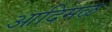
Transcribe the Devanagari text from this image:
आदिमळ